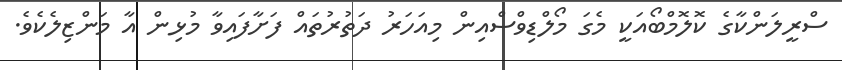
ސްރީލަންކާގެ ކޮލޮމްބޯއަކީ މެގަ މޯލްޑިވްސްއިން މިއަހަރު ދަތުރުތައް ފަށާފައިވާ މުޅިން އާ މަންޒިލެކެވެ.